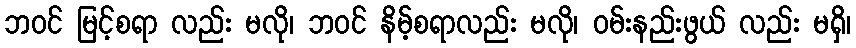
ဘဝင် မြင့်စရာ လည်း မလို၊ ဘဝင် နိမ့်စရာလည်း မလို၊ ဝမ်းနည်းဖွယ် လည်း မရှိ၊